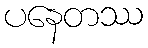
ပနေတဿ